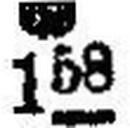
● 158